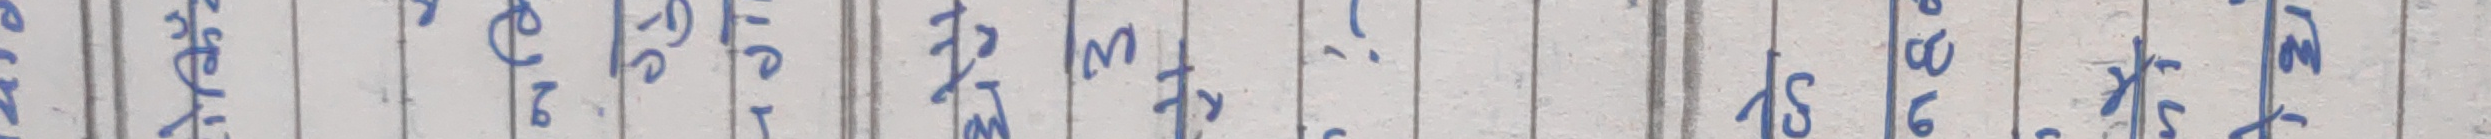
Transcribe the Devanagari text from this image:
श्रे लु ऐ या पु ३ म - ६ १ ८ ५ म श ल